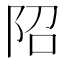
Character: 䧂